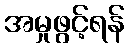
အမှုဖွင့်ရန်